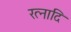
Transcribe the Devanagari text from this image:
रत्नादि